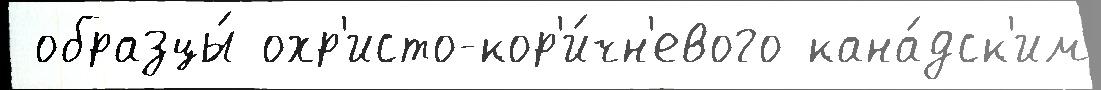
 образцы́ охр'исто-кор'и́чн'евого кана́дск'им